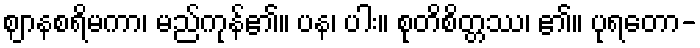
ဈာနစရိမကာ၊ မည်ကုန်၏။ ပန၊ ပါး။ စုတိစိတ္တဿ၊ ၏။ ပုရတော-